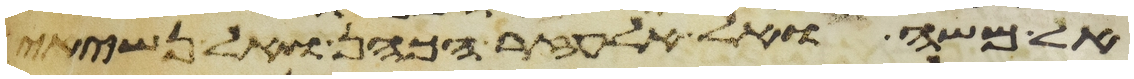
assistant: אל משה ואל אלעזר הכהן ואל נשיאי